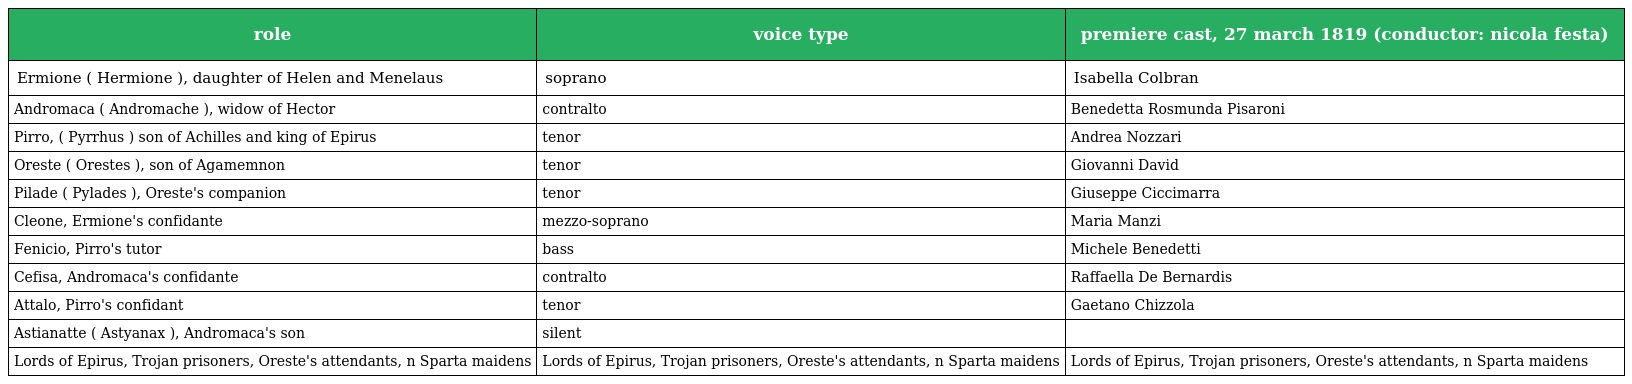
| role | voice type | premiere cast, 27 march 1819 (conductor: nicola festa) |
 | --- | --- | --- |
 | Ermione ( Hermione ), daughter of Helen and Menelaus | soprano | Isabella Colbran |
 | Andromaca ( Andromache ), widow of Hector | contralto | Benedetta Rosmunda Pisaroni |
 | Pirro, ( Pyrrhus ) son of Achilles and king of Epirus | tenor | Andrea Nozzari |
 | Oreste ( Orestes ), son of Agamemnon | tenor | Giovanni David |
 | Pilade ( Pylades ), Oreste's companion | tenor | Giuseppe Ciccimarra |
 | Cleone, Ermione's confidante | mezzo-soprano | Maria Manzi |
 | Fenicio, Pirro's tutor | bass | Michele Benedetti |
 | Cefisa, Andromaca's confidante | contralto | Raffaella De Bernardis |
 | Attalo, Pirro's confidant | tenor | Gaetano Chizzola |
 | Astianatte ( Astyanax ), Andromaca's son | silent |  |
 | Lords of Epirus, Trojan prisoners, Oreste's attendants, n Sparta maidens | Lords of Epirus, Trojan prisoners, Oreste's attendants, n Sparta maidens | Lords of Epirus, Trojan prisoners, Oreste's attendants, n Sparta maidens |